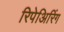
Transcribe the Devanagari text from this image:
रिपेअिरिंग